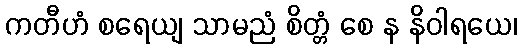
ကတီဟံ စရေယျ သာမညံ စိတ္တံ စေ န နိဝါရယေ၊